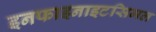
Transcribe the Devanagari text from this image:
इनफाइनाइटसिमल